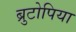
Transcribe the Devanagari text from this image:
ब्रुटोपिया